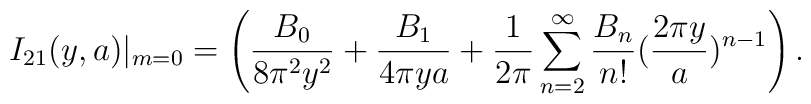
I_{21}(y,a)|_{m=0}=\left(\frac{B_{0}}{8\pi^{2}y^{2}}+\frac{B_{1}}{4\pi ya}+\frac{1}{2\pi}\sum_{n=2}^{\infty}\frac{B_{n}}{n!}(\frac{2\pi y}{a})^{n-1}\right).